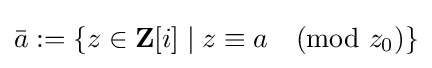
{\bar {a}}:=\left\{z\in \mathbf {Z} [i]\mid z\equiv a{\pmod {z_{0}}}\right\}